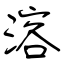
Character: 溶